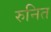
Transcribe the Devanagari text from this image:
रुनित